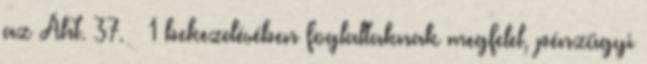
az Áht. 37. § 1 bekezdésében foglaltaknak megfelel, pénzügyi